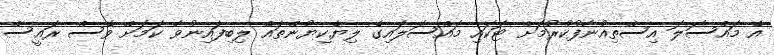
އެ މައްސަލަ އިސްތިއުނާފުކުރުމަށް ޓަކައި މައްސަލައިގެ ލިޔެކިޔުންތައް ލިބިފައިނުވާ ކަމަށް ވެސް ރައީސް